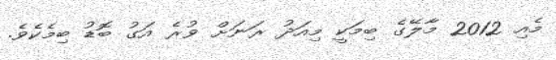
މެއި 2012 މާލޭގެ ބިމަކީ މިއަދު ރަނަށް ވުރެ އަގު ބޮޑު ބިމެކެވެ.